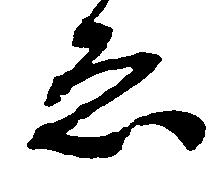
ゑ